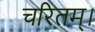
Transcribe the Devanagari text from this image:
चरितम्।